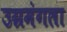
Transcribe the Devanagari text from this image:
उग्रमंगला